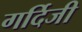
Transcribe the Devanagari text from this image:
गर्दिजी